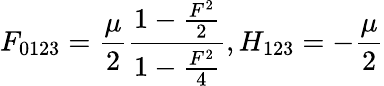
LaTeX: F_{0123}={\frac{\mu}{2}}{\frac{1-{\frac{F^{2}}{2}}}{1-{\frac{F^{2}}{4}}}},H_{123}=-{\frac{\mu}{2}}